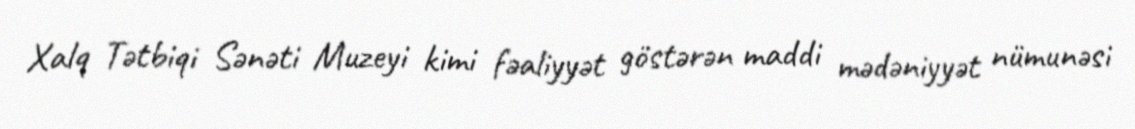
Xalq Tətbiqi Sənəti Muzeyi kimi fəaliyyət göstərən maddi mədəniyyət nümunəsi